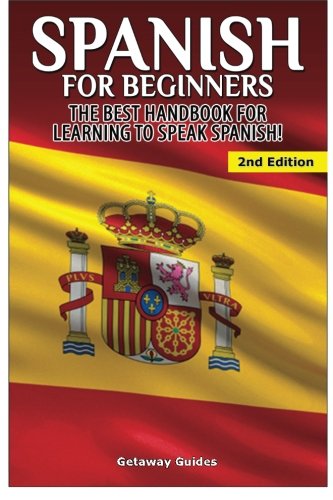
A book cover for Spanish for Beginners: The best handbook for learning to speak Spanish!; Getaway Guides; Reference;